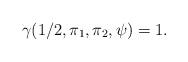
LaTeX: \begin{align*}\gamma(1/2,\pi_1,\pi_2,\psi)=1.\end{align*}